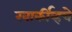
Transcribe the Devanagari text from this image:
खार्कीव्हचे